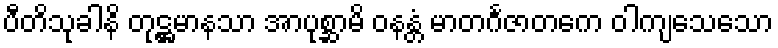
ပီတိသုခါနိ တုဋ္ဌမာနသာ အာပုစ္ဆာမိ ဝနန္တံ မာတင်္ဂဇာတကေ ဝါကျသေသော